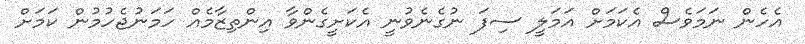
އެހެން ނަމަވެސް އެކަމަށް އަމަލީ ސިފަ ނުގެނެވުނީ އެކަށީގެންވާ އިންތިޒާމެއް ހަމަނުޖެހުމުން ކަމަށް